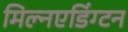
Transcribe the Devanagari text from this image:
मिल्नएडिंग्टन